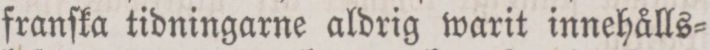
franſka tidningarne aldrig warit innehålls=